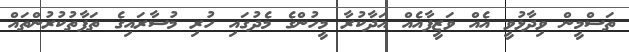
ތަސްމީން ވިދާޅުވީ އެއް ވަޒީފާއެއް އަދާކުރާ މީހުންގެ މެދުގައި ހުރި މުސާރައިގެ ތަފާތުކުރުންތައް